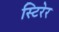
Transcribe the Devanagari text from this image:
स्टिरेर